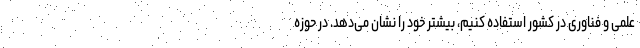
علمی و فناوری در کشور استفاده کنیم، بیشتر خود را نشان می‌دهد. در حوزه